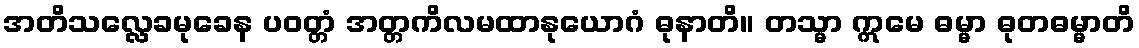
အတိသလ္လေခမုခေန ပဝတ္တံ အတ္တကိလမထာနုယောဂံ ဓုနာတိ။ တသ္မာ ဣမေ ဓမ္မာ ဓုတဓမ္မာတိ